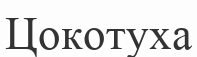
Цокотуха